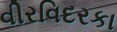
વીરવિદરકા